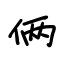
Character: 俩